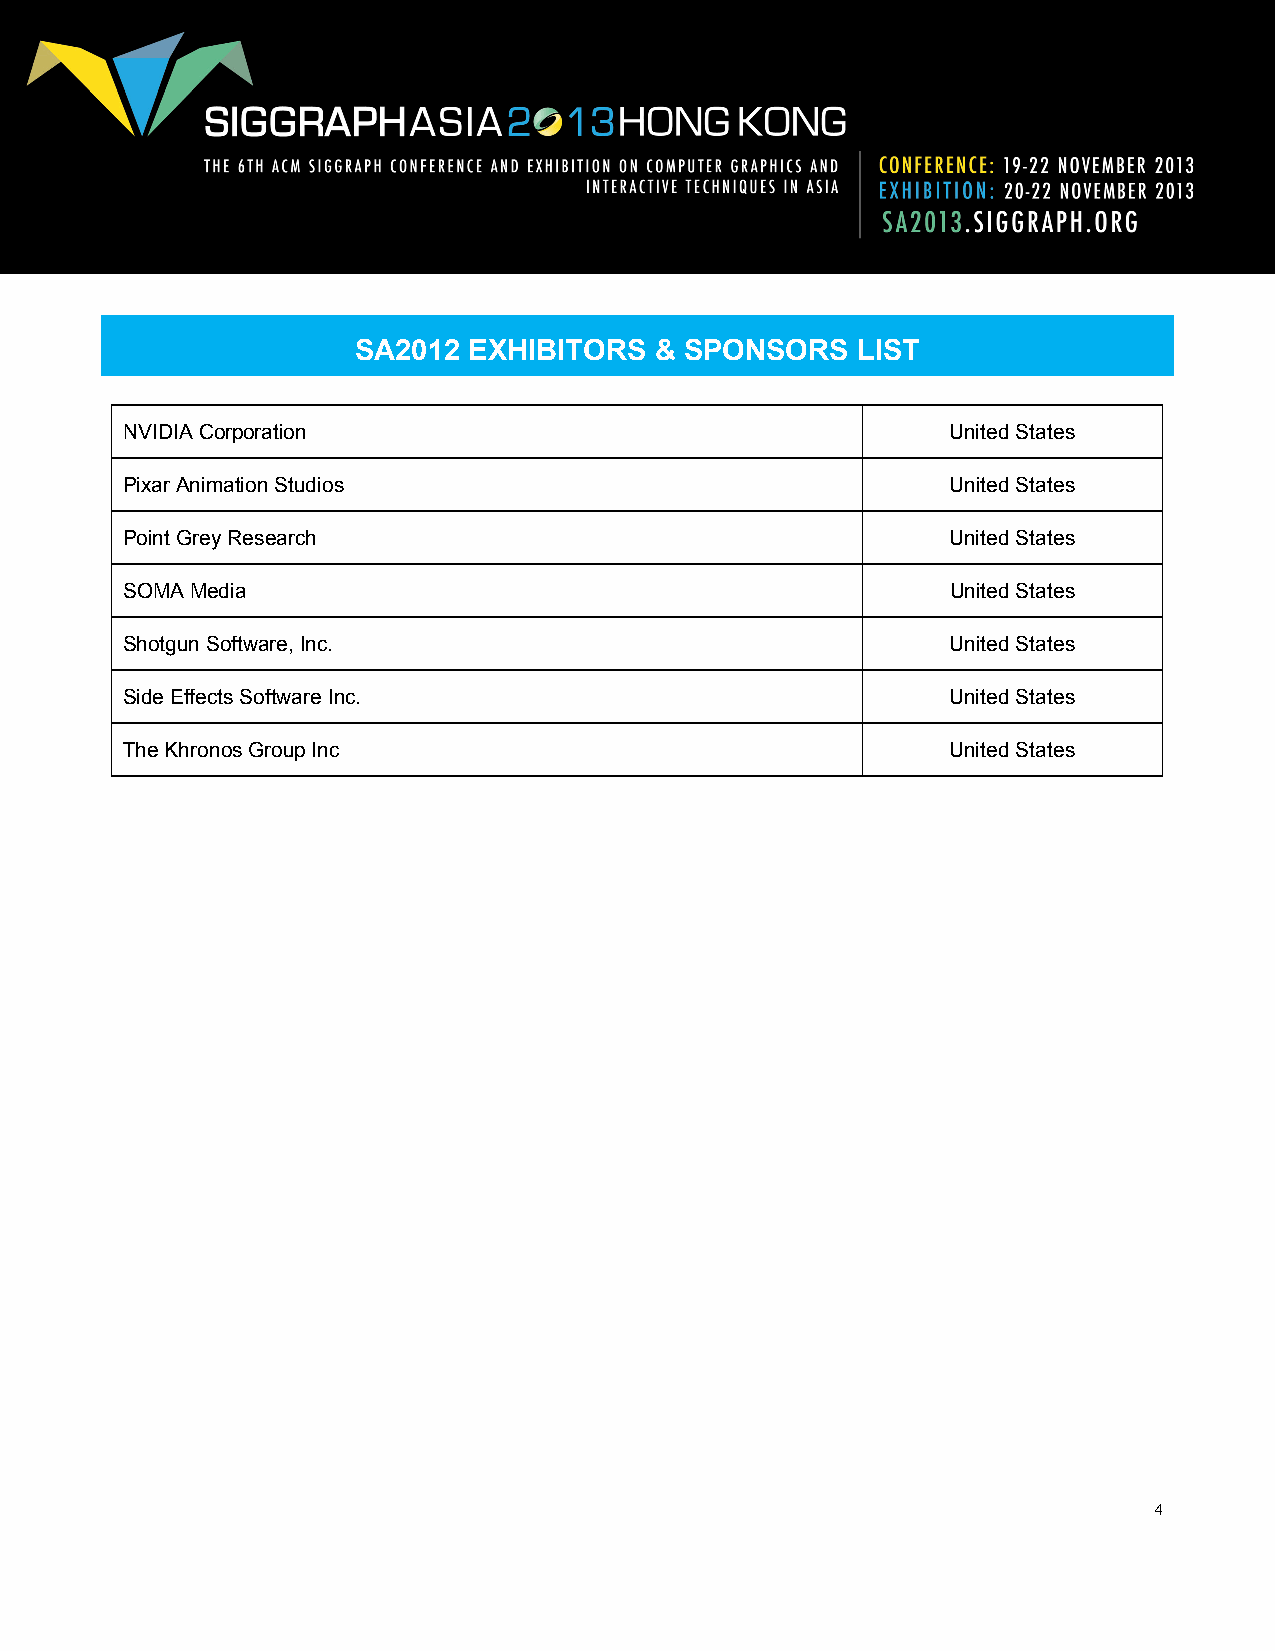
SA2012  EXHIBITORS  & SPONSORS    LIST
 NVIDIA Corporation                                     United States
 Pixar Animation Studios                                United States
 Point Grey Research                                    United States
 SOMA Media                                             United States
 Shotgun Software, Inc.                                 United States
 Side Effects Software Inc.                             United States
 The Khronos Group Inc                                  United States
 4